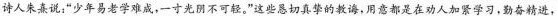
诗人朱熹说：”少年易老学难成，一寸光阴不可轻。”这些恳切真挚的教诲，用意都是在劝人加紧学习，勤奋精进，